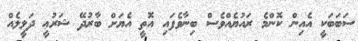
ސަބަބަކީ އެއިން ކޮންމެ ރައުޔެއްވެސް ބިނާވެފައި އޮތީ އެޔަށް ބާރުދޭ ޝަރުޢީ ދަލީލެއް